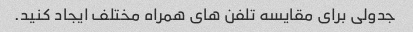
جدولی برای مقایسه تلفن های همراه مختلف ایجاد کنید.